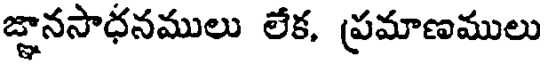
జ్ఞానసాధనములు లేక, ప్రమాణములు